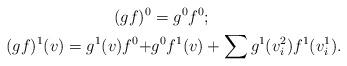
LaTeX: \begin{align*}(gf)^{0} &= g^0f^0;\\(gf)^{1}(v) = g^1(v)f^0 +&g^0f^1(v)+\sum g^1(v_i^2)f^1(v_i^1).\end{align*}